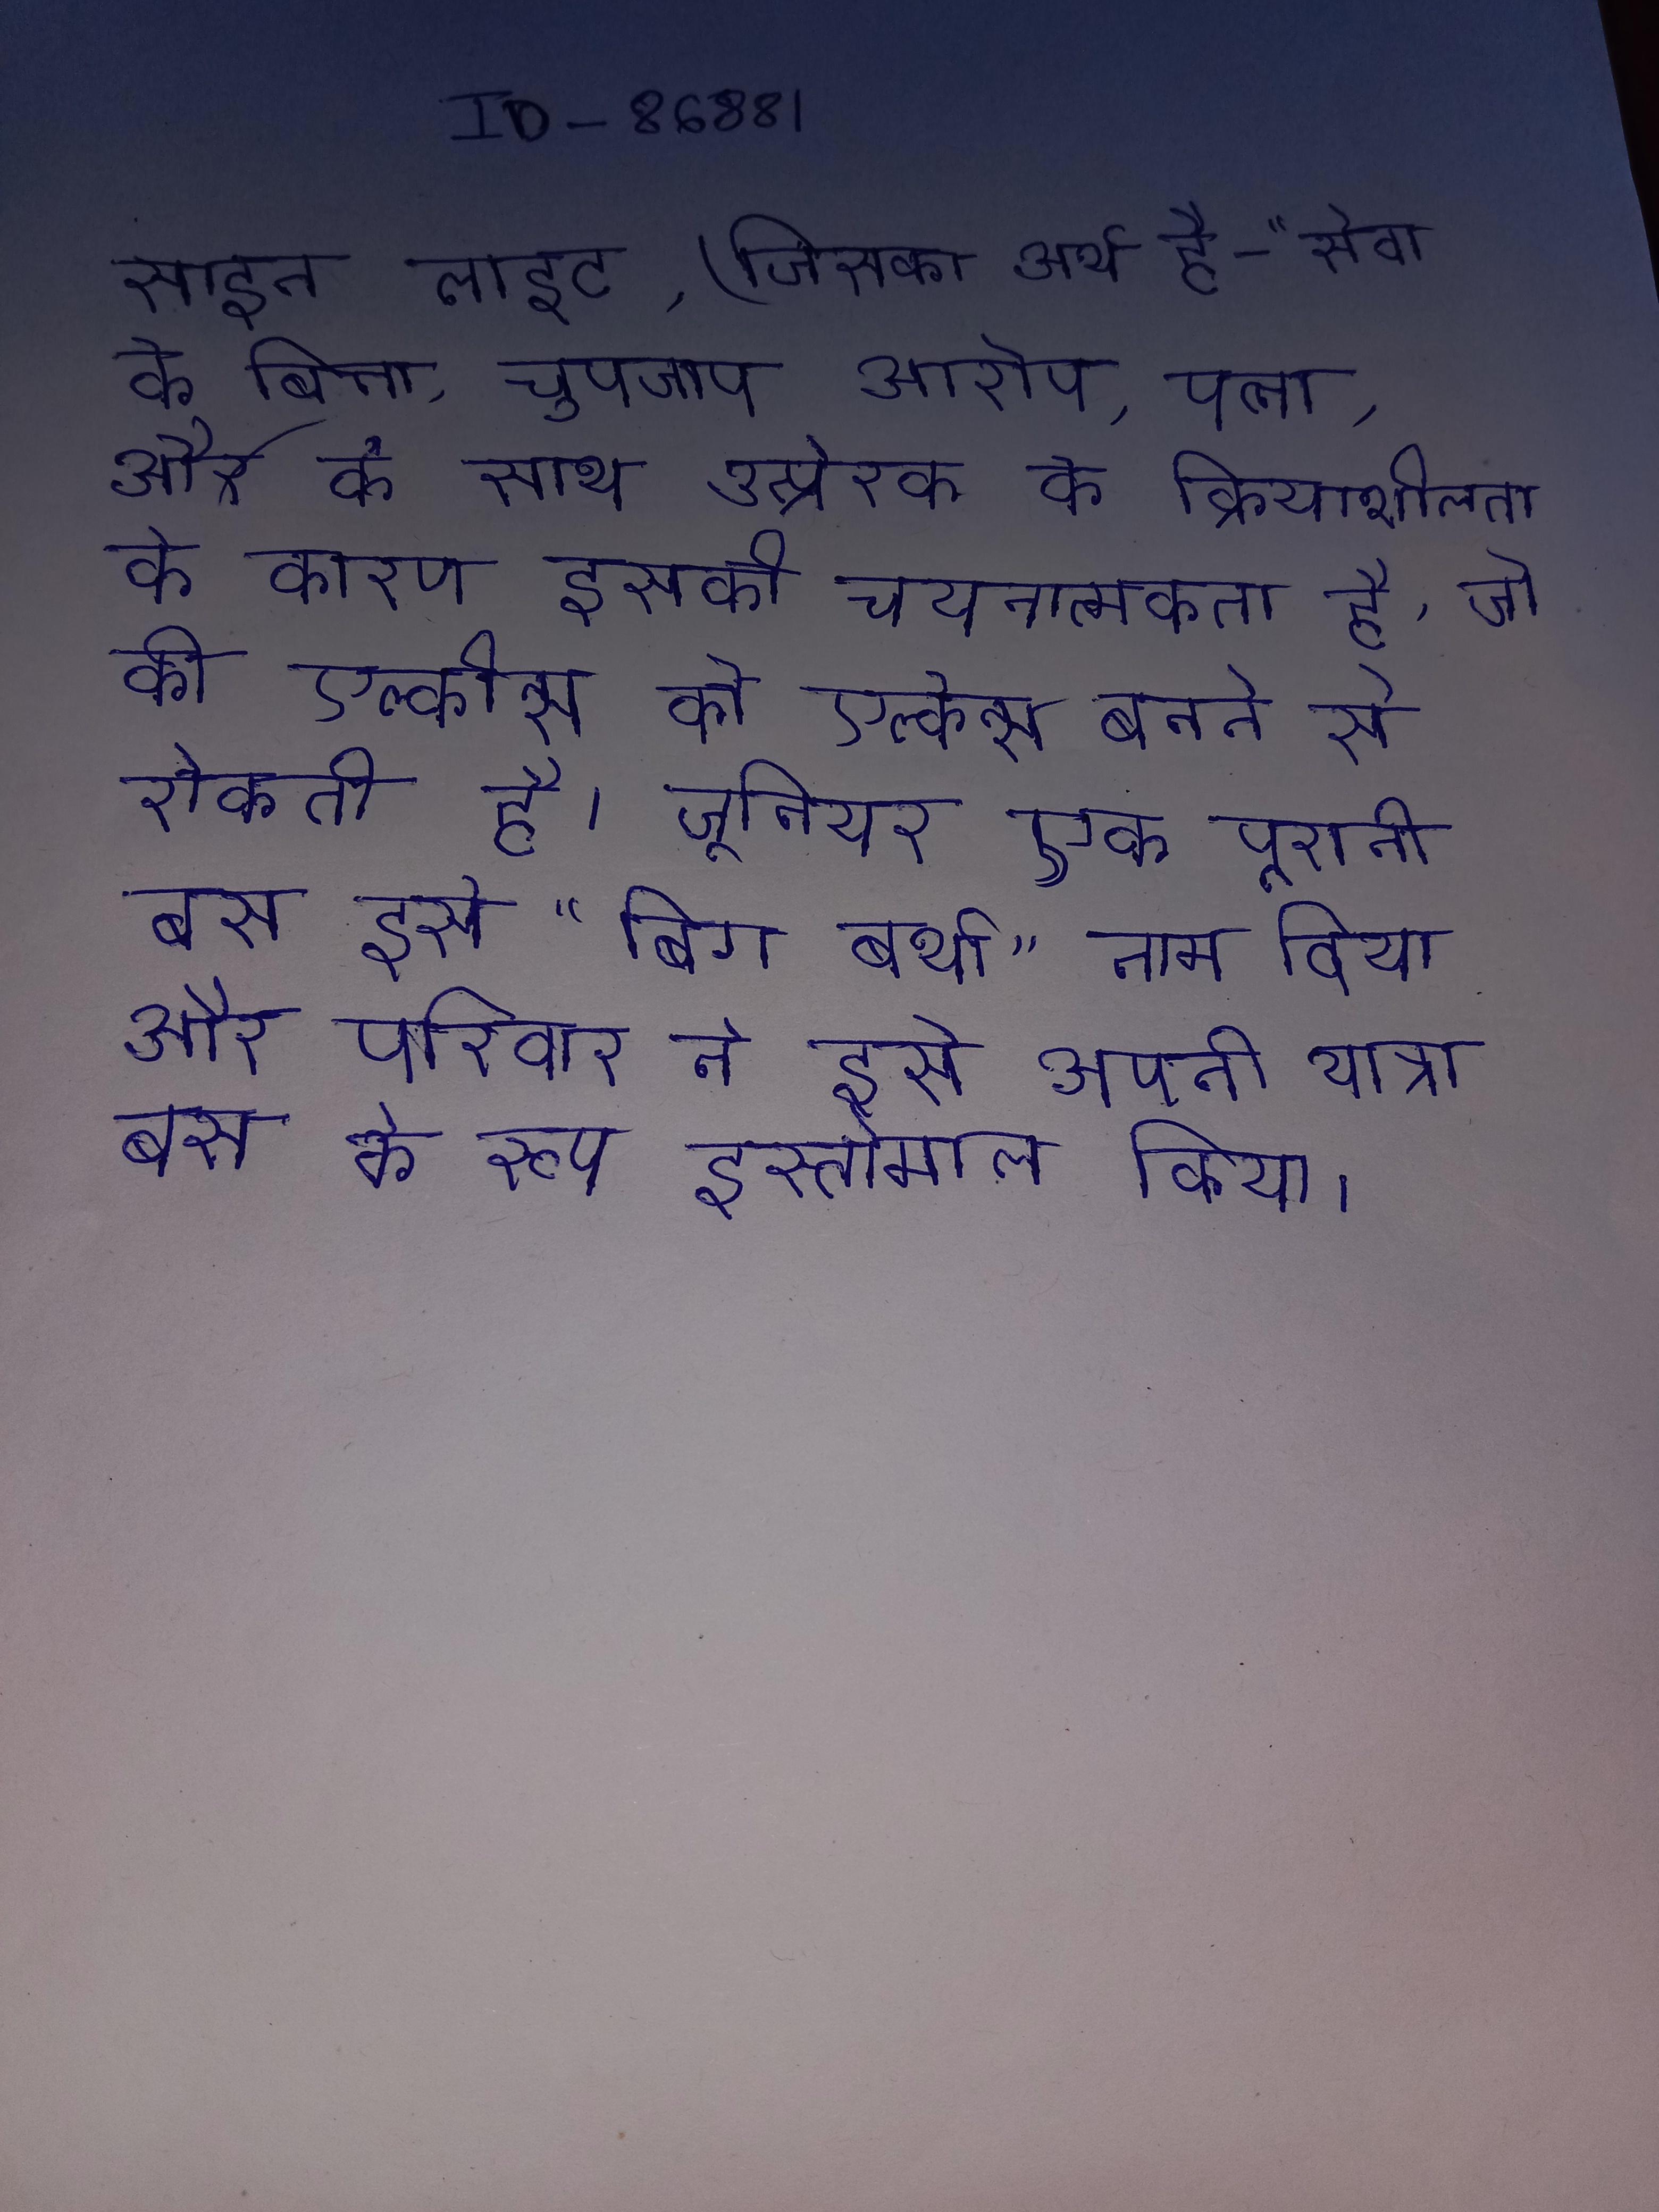
साइन लाइट, (जिसका अर्थ है - "सेवा के बिना, चुपचाप आरोप, पत्नी, और के साथ उत्प्रेरक के क्रियाशीलता के कारण इसकी चयनात्मकता है, जो की एल्कीन्स को एल्केन्स बनने से रोकती है । जूनियर एक पुरानी बस इसे "बिग बर्था" नाम दिया और परिवार ने इसे अपनी यात्रा बस के रूप इस्तेमाल किया ।